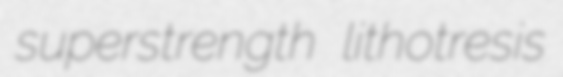
superstrength lithotresis